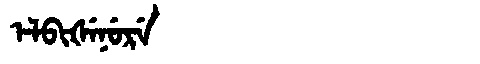
Manchu: ᡝᠯᠪᡳᡧᡝᠨᡠᡵᡝ
Romanization: ELBIŠENURE